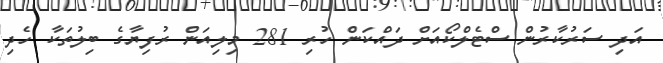
އަދި ސަރުކާރުން ސްޓެލްކޯއަށް ދައްކަން ހުރި 281 މިލިއަން ރުފިޔާގެ ބިލުތަކާ ހެދި